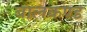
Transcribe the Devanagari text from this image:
बालकण्ड